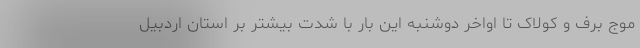
موج برف و کولاک تا اواخر دوشنبه این بار با شدت بیشتر بر استان اردبیل